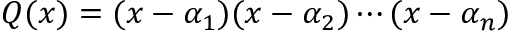
Q ( x ) = ( x - \alpha _ { 1 } ) ( x - \alpha _ { 2 } ) \cdots ( x - \alpha _ { n } )